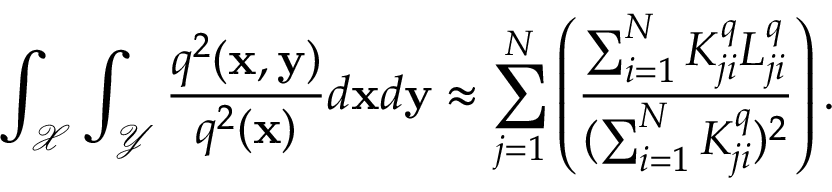
\int _ { \mathcal { X } } \int _ { \mathcal { Y } } \frac { q ^ { 2 } ( \mathbf { x } , \mathbf { y } ) } { q ^ { 2 } ( \mathbf { x } ) } d \mathbf { x } d \mathbf { y } \approx \sum _ { j = 1 } ^ { N } \left( \frac { \sum _ { i = 1 } ^ { N } K _ { j i } ^ { q } L _ { j i } ^ { q } } { ( \sum _ { i = 1 } ^ { N } K _ { j i } ^ { q } ) ^ { 2 } } \right) .